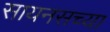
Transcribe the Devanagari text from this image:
सायनसच्या